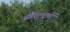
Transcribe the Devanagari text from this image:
सौराष्‍ट्रमें